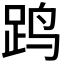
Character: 𲃜